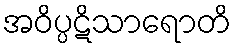
အဝိပ္ပဋိသာရောတိ